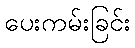
ပေးကမ်းခြင်း